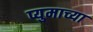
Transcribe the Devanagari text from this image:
प्युमाच्या